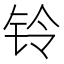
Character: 铃